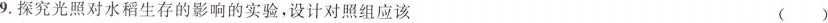
9.探究光照对水稻生存的影响的实验，设计对照组应该 ()